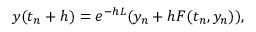
y ( t _ { n } + h ) = e ^ { - h L } ( y _ { n } + h F ( t _ { n } , y _ { n } ) ) ,